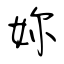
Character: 妳